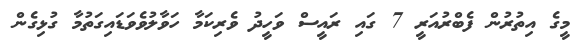
މީގެ އިތުރުން ފެބްރުއަރީ 7 ގައި ރައީސް ވަހީދު ވެރިކަމާ ހަވާލުވެވަޑައިގަތުމާ ގުޅިގެން